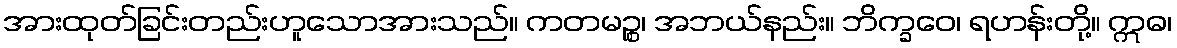
အားထုတ်ခြင်းတည်းဟူသောအားသည်။ ကတမဉ္စ၊ အဘယ်နည်း။ ဘိက္ခဝေ၊ ရဟန်းတို့။ ဣဓ၊